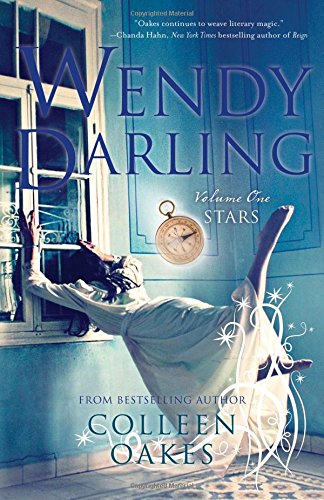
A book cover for Wendy Darling: A Novel; Colleen Oakes; Teen & Young Adult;